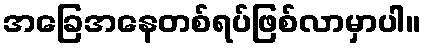
အခြေအနေတစ်ရပ်ဖြစ်လာမှာပါ။